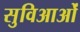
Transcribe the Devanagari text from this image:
सुविआओं